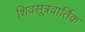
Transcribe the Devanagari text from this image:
शिवसूत्रवार्तिक